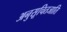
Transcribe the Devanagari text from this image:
अनुसूचितजाति